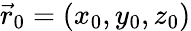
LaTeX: \vec{r}_{0}=(x_{0},y_{0},z_{0})